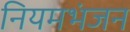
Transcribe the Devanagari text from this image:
नियमभंजन